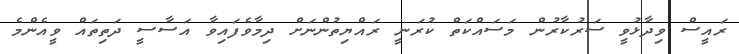
ރައީސް ވިދާޅުވީ ސަރުކާރުން މަސައްކަތް ކުރަނީ ރައްޔިތުންނަށް ދިމާވެފައިވާ އަސާސީ ދަތިތައް ވީއެންމެ